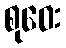
စုဝေး